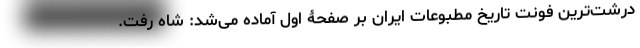
درشت‌ترین فونت تاریخ مطبوعات ایران بر صفحۀ اول آماده می‌شد: شاه رفت.